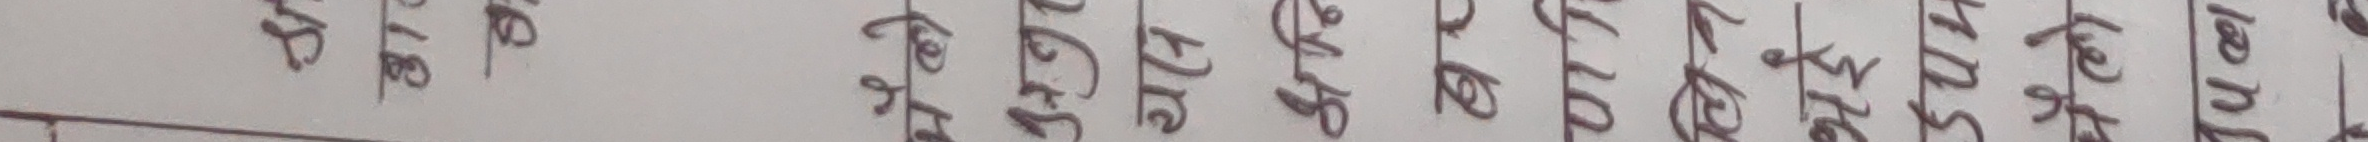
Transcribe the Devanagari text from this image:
५४ ६.७८ काक आहा एक एका दुई चाँदनी पाँच तीन चौथो छुट उल्लु